Indian journal of veterinary science and animal husbandry - Volume 10,
Year: 1940
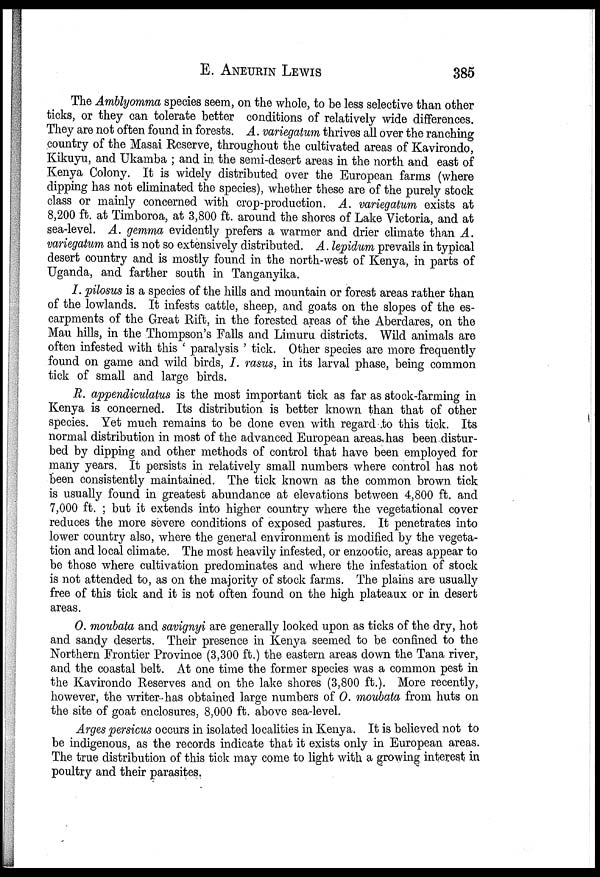
E.
ANEURIN
LEWIS
385
The Amblyomma species seem, on the whole, to be less selective than other
ticks, or they can tolerate better conditions of relatively wide differences.
They are not often found in forests. A. variegatum thrives all over the ranching
country of the Masai Reserve, throughout the cultivated areas of Kavirondo,
Kikuyu, and Ukamba ; and in the semi-desert areas in the north and east of
Kenya Colony. It is widely distributed over the European farms (where
dipping has not eliminated the species), whether these are of the purely stock
class or mainly concerned with crop-production. A. variegatum exists at
8,200 ft. at Timboroa, at 3,800 ft. around the shores of Lake Victoria, and at
sea-level. A. gemma evidently prefers a warmer and drier climate than A.
variegatum and is not so extensively distributed. A. lepidum prevails in typical
desert country and is mostly found in the north-west of Kenya, in parts of
Uganda, and farther south in Tanganyika.
I. pilosus is a species of the hills and mountain or forest areas rather than
of the lowlands. It infests cattle, sheep, and goats on the slopes of the es-
carpments of the Great Rift, in the forested areas of the Aberdares, on the
Mau hills, in the Thompson's Falls and Limuru districts. Wild animals are
often infested with this ' paralysis ' tick. Other species are more frequently
found on game and wild birds, I. rasus, in its larval phase, being common
tick of small and large birds.
R. appendiculatus is the most important tick as far as stock-farming in
Kenya is concerned. Its distribution is better known than that of other
species. Yet much remains to be done even with regard to this tick. Its
normal distribution in most of the advanced European areas has been distur-
bed by dipping and other methods of control that have been employed for
many years. It persists in relatively small numbers where control has not
been consistently maintained. The tick known as the common brown tick
is usually found in greatest abundance at elevations between 4,800 ft. and
7,000 ft. ; but it extends into higher country where the vegetational cover
reduces the more severe conditions of exposed pastures. It penetrates into
lower country also, where the general environment is modified by the vegeta-
tion and local climate. The most heavily infested, or enzootic, areas appear to
be those where cultivation predominates and where the infestation of stock
is not attended to, as on the majority of stock farms. The plains are usually
free of this tick and it is not often found on the high plateaux or in desert
areas.
O. moubata and savignyi are generally looked upon as ticks of the dry, hot
and sandy deserts. Their presence in Kenya seemed to be confined to the
Northern Frontier Province (3,300 ft.) the eastern areas down the Tana river,
and the coastal belt. At one time the former species was a common pest in
the Kavirondo Reserves and on the lake shores (3,800 ft.). More recently,
however, the writer has obtained large numbers of O. moubata from huts on
the site of goat enclosures, 8,000 ft. above sea-level.
Arges persicus occurs in isolated localities in Kenya. It is believed not to
be indigenous, as the records indicate that it exists only in European areas.
The true distribution of this tick may come to light with a growing interest in
poultry and their parasites.